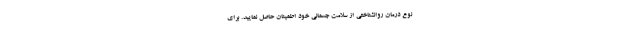
نوع درمان روانشناختی از سلامت جسمانی خود اطمینان حاصل نمایید. برای